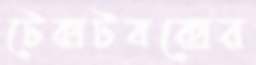
টেক্সটবক্সের